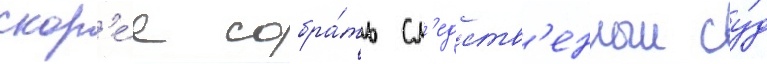
скор'е́е собра́ть сл'едств'енныи су́д